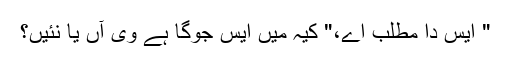
" ایس دا مطلب اے،" کیہ میں ایس جوگا ہے وی آں یا نئیں؟